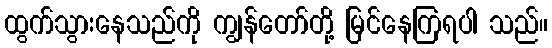
ထွက်သွားနေသည်ကို ကျွန်တော်တို့ မြင်နေကြရပါ သည်။